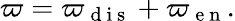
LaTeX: \varpi=\varpi_{\mathrm{~d~i~s~}}+\varpi_{\mathrm{~e~n~}}.